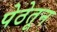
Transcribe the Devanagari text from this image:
पेठेतून